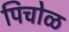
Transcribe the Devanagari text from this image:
पिचोळ